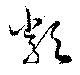
類